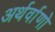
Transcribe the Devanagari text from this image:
अर्थर्वाणो